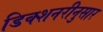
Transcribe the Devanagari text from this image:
डिक्शनरीनुसार